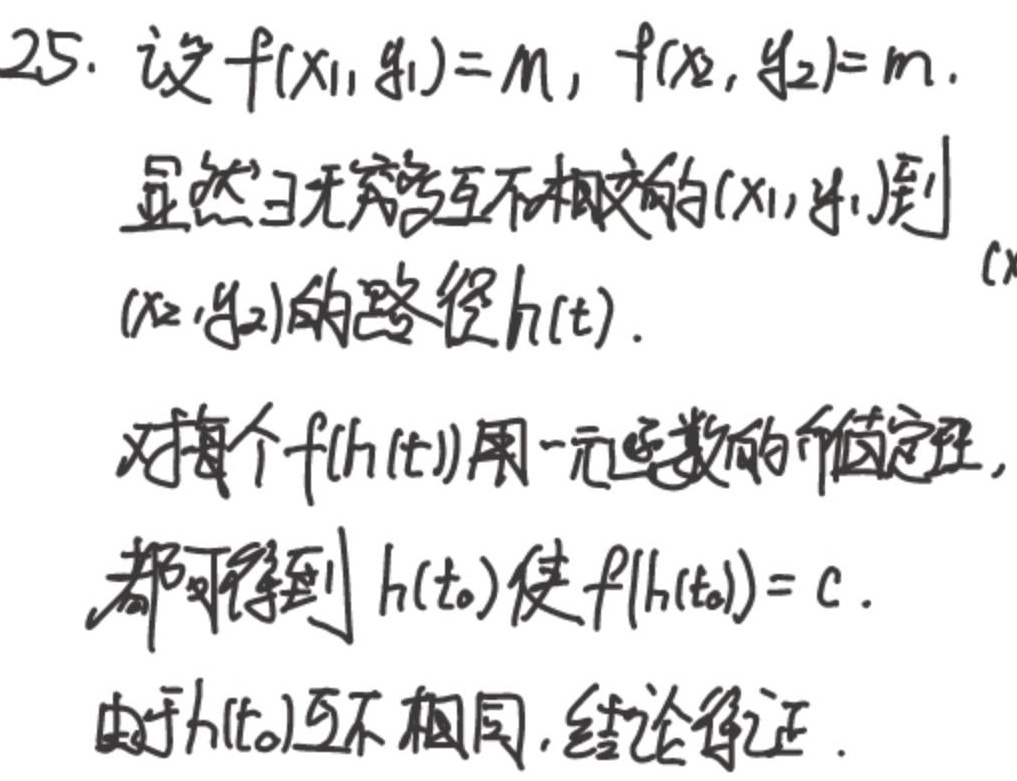
设$f(x_1, y_1)=m$，$f(x_2, y_2)=m$。显然$\exists$无穷多互不相交的$(x_1, y_1)$到$(x_2, y_2)$的路径$h(t)$。对每个$f(h(t))$用一元函数的介值定理，都可得到$h(t_0)$使$f(h(t_0)) = c$。由于$h(t_0)$互不相同，结论得证。